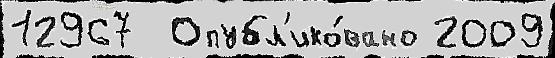
12967  Опубл'ико́вано 2009